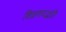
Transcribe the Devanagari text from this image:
शिक्षणपद्धति